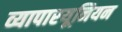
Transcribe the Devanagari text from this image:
व्यापारयूनियन